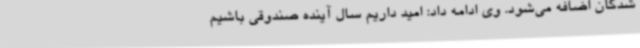
شدگان اضافه می‌شود. وی ادامه داد: امید داریم سال آینده صندوقی باشیم